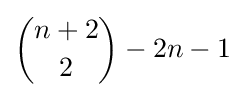
{\binom {n+2}{2}}-2n-1